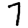
Digit: 7